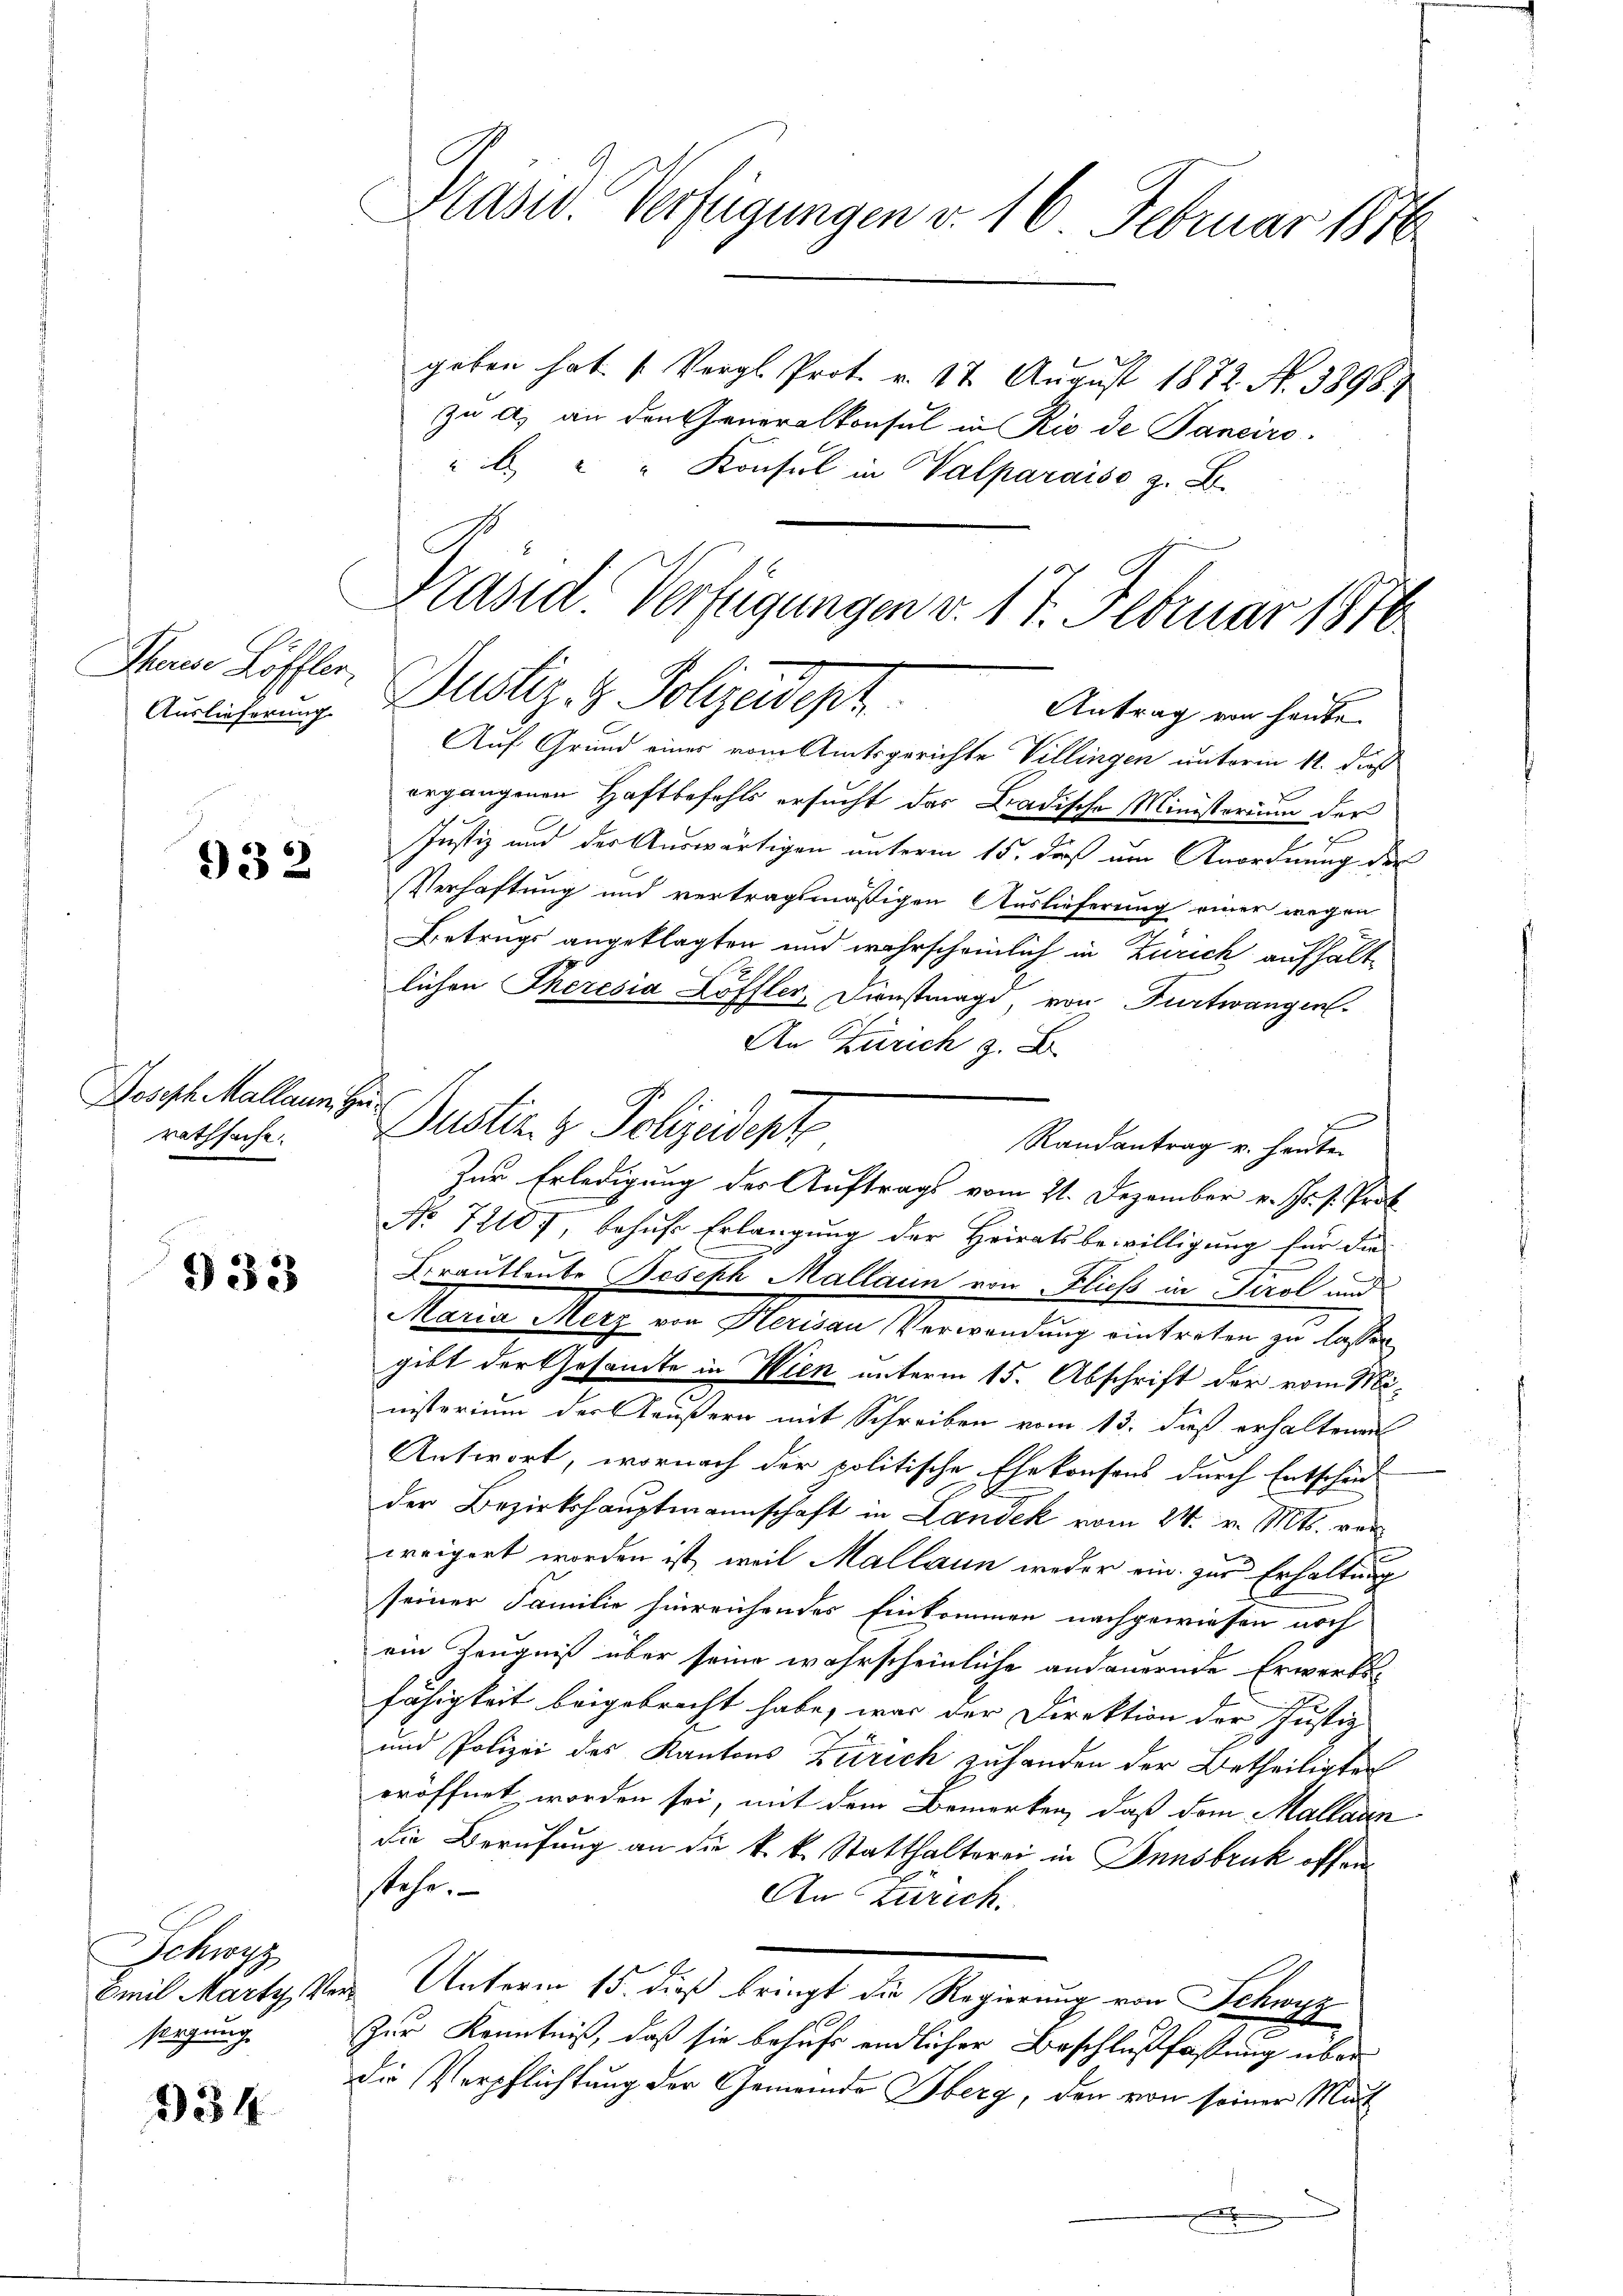
Theurese Löffler,

932

Joseph Mallaum. Heirathsache.

933

Schwyz
Emil Marty Pr
sorgung

334

Präsid. Verfügungen v. 16. Februar 1816.

Kaser Verfügungen v. 17. Februar 1816
Ausführung ustiz- & Polizeidept
Antrag von heute

Auf Grund einer vom Amtsgerichte Villingen unterm 11. dieß
ergangenen Haftbefehls ersucht das Badische Ministerium der
Justiz und der Auswärtigen unterm 15. daß am Anordnung des
Verhaftung und vertragsmäßigen Auslieferung einer wegen
Betrugs angeklagten und wahrscheinlich in Zürich aufhältlichen Theresia Löffler, Dienstmagi, von Furtwangen.
An Zürich z. B.
Justiz & Polizeidente
Randantrag u. heuten
Zur Erledigung des Auftrags vom 21. Dezember v. Js. v. Prof.
No 72107 behufs Erlangung der Heiratsbewilligung für die
Brautleute Joseph Mallaun von Fliess in Tirol und
Maria Merz von Sterisau Verwendung eintreten zu lassen.
gibt der Gesamte in Wien unterm 15. Abschrift der vom Ministerium der Aeußern mit Schreiben vom 13. dieß erhaltenen
Antwort, wornach der politische Ehekonsons durch Entscheid
der Bezirkshauptmannschaft in Landek vom 24. v. Mts. von
e
weigert worden ist, weil Mallaun weder ein zur Erhaltung
seiner Familie hinreichendes Einkommen nachgewiesen noch
ein Zeugniß über seine wahrscheinliche andauernde Erwerbs-
fähigkeit beigebracht habe, was der Direktion der Justiz
und Polizei des Kantons Zürich zuhanden der Betheiligten
eröffnet worden sei, mit dem Bemerken, daß dem Malladen
die Berufung an die k. k. Statthalterei in Innsbruk offenstehe.
An Zürich.
u Unterm 15 dieß bringt die Regierung von Schwyz
Zur Kenntniß, daß sie behufs endlicher Beschlußfassung über
die Verpflichtung der Gemeinde Oberg, den von seiner Mut
.

geben hat (Vergl. Prot. v. 17. August 1872. No. 3898)
zu a) an den Generalkonsul in Rio de Janeiro
" " " Konsul in Valparaiso z. B.